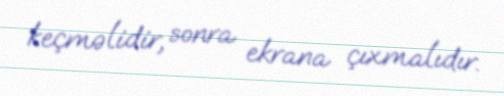
keçməlidir, sonra ekrana çıxmalıdır.